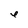
Character: e